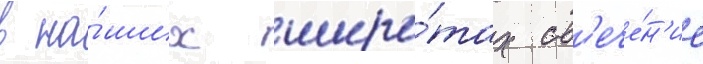
в на́ших широ́тах св'ече́н'ие